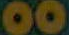
00